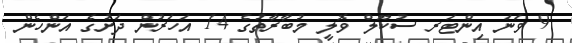
9 ވަނަ އިންޓަރ ސުކޫލް ވޮލީ މުބާރާތުގެ 14 އަހަރުން ދަށުގެ އަންހެން